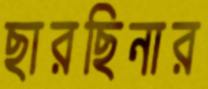
ছারছিনার